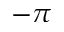
- \pi